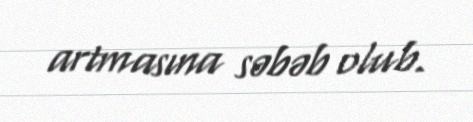
artmasına səbəb olub.